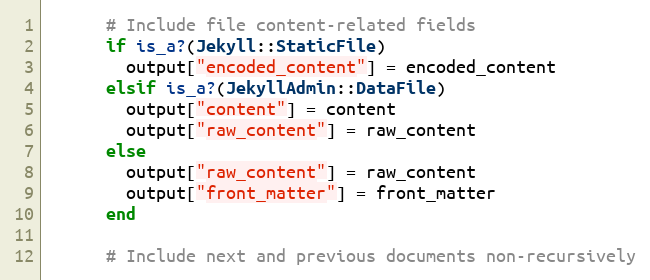
Language: Ruby
      # Include file content-related fields
      if is_a?(Jekyll::StaticFile)
        output["encoded_content"] = encoded_content
      elsif is_a?(JekyllAdmin::DataFile)
        output["content"] = content
        output["raw_content"] = raw_content
      else
        output["raw_content"] = raw_content
        output["front_matter"] = front_matter
      end

      # Include next and previous documents non-recursively